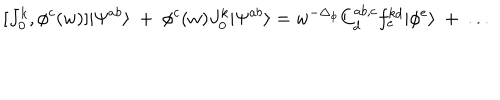
[ J _ { 0 } ^ { k } , \phi ^ { c } ( w ) ] | \Psi ^ { a b } \rangle ~ + ~ \phi ^ { c } ( w ) J _ { 0 } ^ { k } | \Psi ^ { a b } \rangle = w ^ { - \Delta _ { \phi } } C _ { d } ^ { a b , c } f _ { e } ^ { k d } | \phi ^ { e } \rangle ~ + ~ . . .